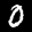
Label: 0